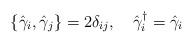
\begin{align*}\{\hat{\gamma}_i,\hat{\gamma}_j\}=2{\delta}_{ij},\ \ \ \hat{\gamma}_i^{\dagger}=\hat{\gamma}_i\end{align*}